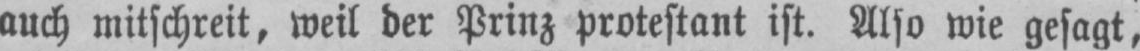
auch mitschreit, weil der Prinz protestant ist. Also wie gesagt,